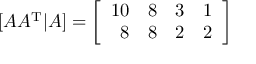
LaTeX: [ A A ^ { \mathrm { T } } | A ] = \left[ { \begin{array} { r r r r } { 1 0 } & { 8 } & { 3 } & { 1 } \\ { 8 } & { 8 } & { 2 } & { 2 } \end{array} } \right]